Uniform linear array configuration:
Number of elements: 16
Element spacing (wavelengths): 1
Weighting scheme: binomial
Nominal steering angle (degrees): -30
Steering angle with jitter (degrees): -31.896
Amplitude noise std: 0.05
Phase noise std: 0.05

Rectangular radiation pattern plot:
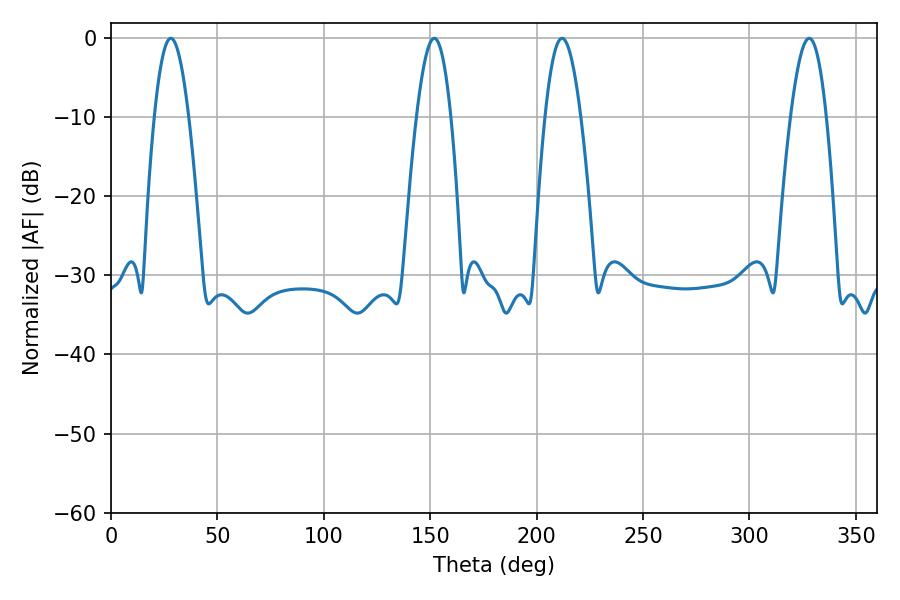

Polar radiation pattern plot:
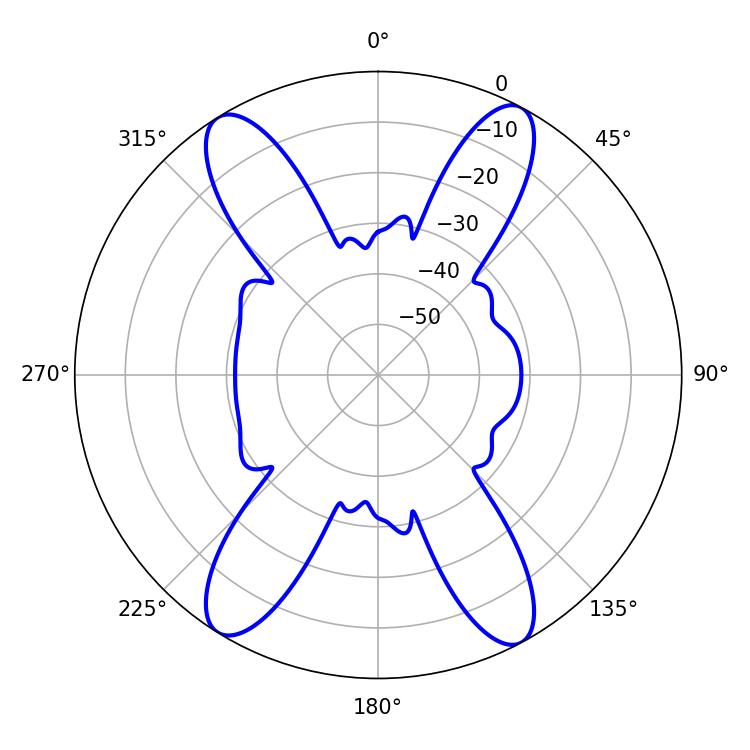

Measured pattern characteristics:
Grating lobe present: TRUE
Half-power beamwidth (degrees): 8.82
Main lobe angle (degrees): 28.08